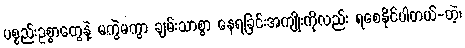
ပစ္စည်းဥစ္စာတွေနဲ့ မကွဲမကွာ ချမ်းသာစွာ နေရခြင်းအကျိုးကိုလည်း ရစေနိုင်ပါတယ်-တဲ့၊